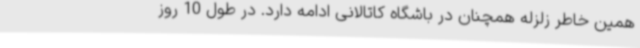
همین خاطر زلزله همچنان در باشگاه کاتالانی ادامه دارد. در طول 10 روز